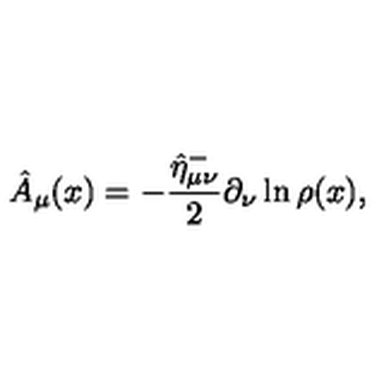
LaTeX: \hat { A } _ { \mu } ( x ) = - \frac { \hat { \eta } _ { \mu \nu } ^ { - } } 2 \partial _ { \nu } \ln \rho ( x ) ,